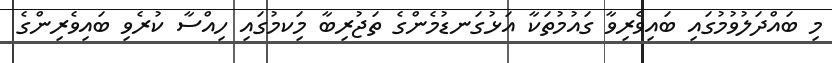
މި ބައްދަލުވުމުގައި ބައިވެރިވާ ގައުމުތަކާ އަޅުގަނޑުމެންގެ ތަޖުރިބާ މިަކމުގައި ހިއްސާ ކުރެވި ބައިވެރިންގެ